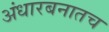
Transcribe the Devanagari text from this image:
अंधारबनातच